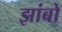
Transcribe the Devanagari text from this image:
झांबो